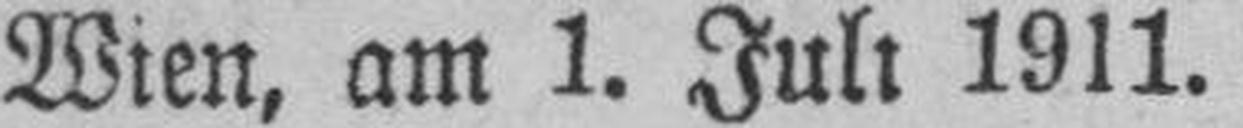
Wien, am 1. Juli 1911.